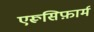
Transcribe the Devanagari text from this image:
एरूसिफ़ार्म